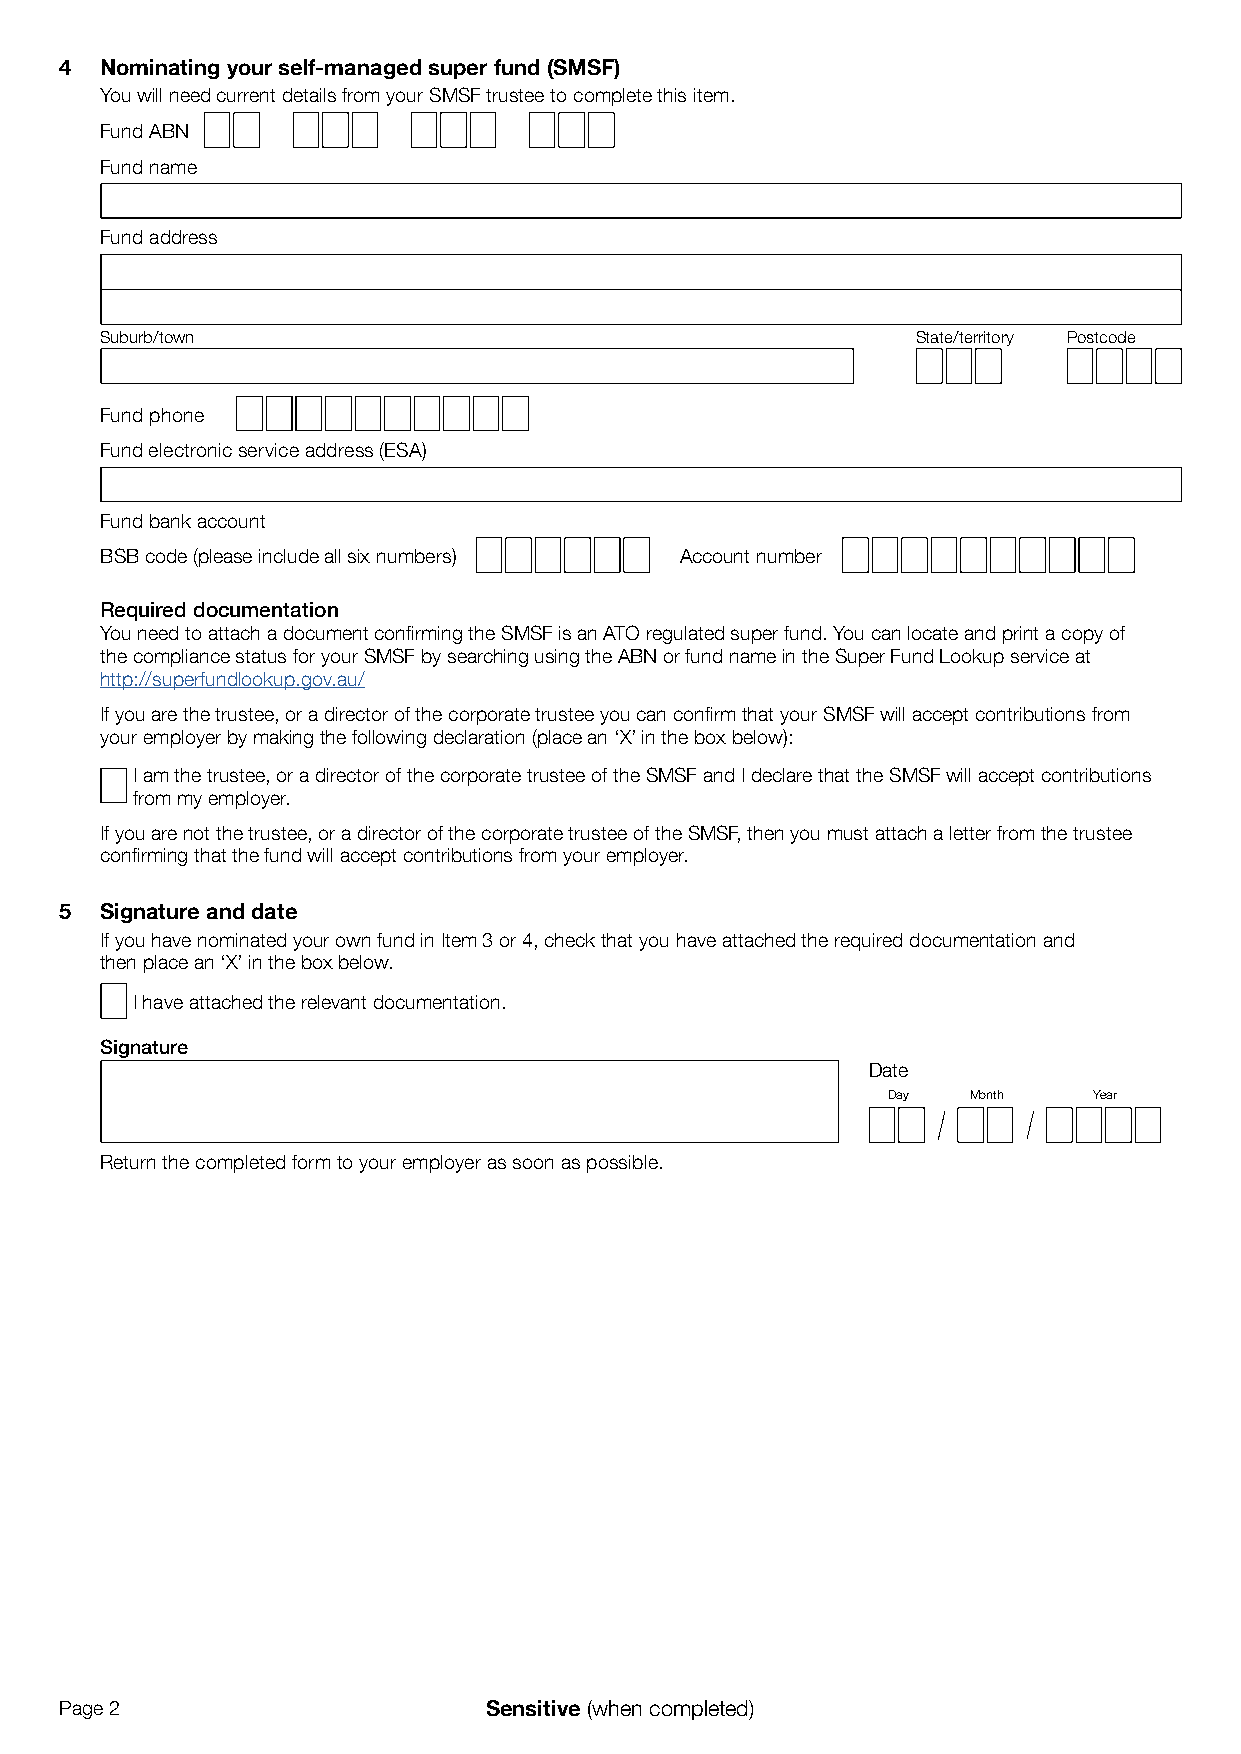
4  Nominating your self-managed super fund (SMSF)
 You will need current details from your SMSF trustee to complete this item.
 Fund ABN
 Fund name
 Fund address
 Suburb/town                                           State/territory Postcode
 Fund phone
 Fund electronic service address (ESA)
 Fund bank account
 BSB code (please include all six numbers) Account number
 Required documentation
 You need to attach a document confirming the SMSF is an ATO regulated super fund. You can locate and print a copy of
 the compliance status for your SMSF by searching using the ABN or fund name in the Super Fund Lookup service at
 http://superfundlookup.gov.au/
 If you are the trustee, or a director of the corporate trustee you can confirm that your SMSF will accept contributions from
 your employer by making the following declaration (place an ‘X’ in the box below):
 I am the trustee, or a director of the corporate trustee of the SMSF and I declare that the SMSF will accept contributions
 from my employer.
 If you are not the trustee, or a director of the corporate trustee of the SMSF, then you must attach a letter from the trustee
 confirming that the fund will accept contributions from your employer.
 5  Signature and date
 If you have nominated your own fund in Item 3 or 4, check that you have attached the required documentation and
 then place an ‘X’ in the box below.
 I have attached the relevant documentation.
 Signature
 Date
 Day  Month   Year
 Return the completed form to your employer as soon as possible.
 Page 2                      Sensitive (when completed)